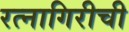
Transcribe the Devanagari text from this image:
रत्‍नागिरीची